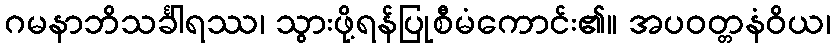
ဂမနာဘိသင်္ခါရဿ၊ သွားဖို့ရန်ပြုစီမံကောင်း၏။ အပဝတ္တနံဝိယ၊